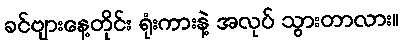
ခင်ဗျားနေ့တိုင်း ရုံးကားနဲ့ အလုပ် သွားတာလား။